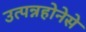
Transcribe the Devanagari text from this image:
उत्पन्नहोनेसे